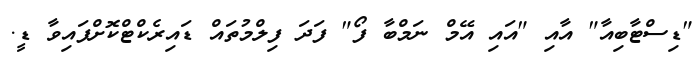
"ޑިސްޓާބިއާ" އާއި "އައި އޭމް ނަމްބާ ފޯ" ފަދަ ފިލްމުތައް ޑައިރެކްޓްކޮށްފައިވާ ޑީ.